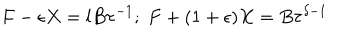
F - \epsilon X = l B \tau ^ { - 1 } ; \; F + ( 1 + \epsilon ) X = B \tau ^ { \delta - 1 }